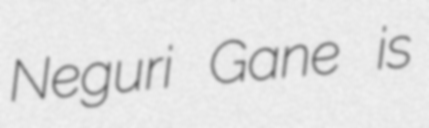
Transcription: Neguri Gane is